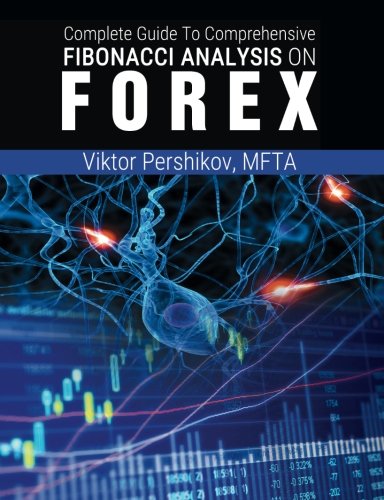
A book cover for The Complete Guide To Comprehensive Fibonacci Analysis on FOREX; MFTA Viktor Pershikov; Business & Money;